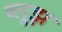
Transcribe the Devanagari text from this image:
ब्लूझ